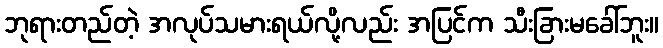
ဘုရားတည်တဲ့ အလုပ်သမားရယ်လို့လည်း အပြင်က သီးခြားမခေါ်ဘူး။